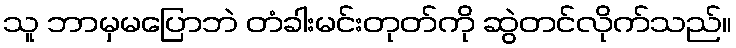
သူ ဘာမှမပြောဘဲ တံခါးမင်းတုတ်ကို ဆွဲတင်လိုက်သည်။